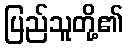
ပြည်သူတို့၏